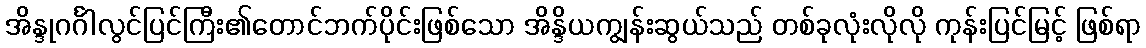
အိန္ဒုဂင်္ဂါလွင်ပြင်ကြီး၏တောင်ဘက်ပိုင်းဖြစ်သော အိန္ဒိယကျွန်းဆွယ်သည် တစ်ခုလုံးလိုလို ကုန်းပြင်မြင့် ဖြစ်ရာ